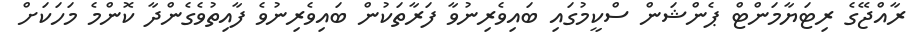
ރާއްޖޭގެ ރިޓަޔާމަންޓް ޕެންޝަން ސްކީމުގައި ބައިވެރިނުވާ ފަރާތަކުން ބައިވެރިނުވެ ފާއިތުވެގެންދާ ކޮންމެ މަހަކަށް